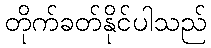
တိုက်ခတ်နိုင်ပါသည်